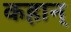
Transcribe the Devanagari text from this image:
कहान्